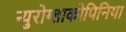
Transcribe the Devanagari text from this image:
न्युरोग्लाकोपिनिया